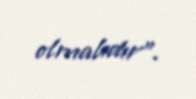
olmalıdır”.